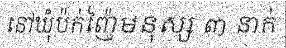
នៅឃុំប៉ក់ញ៉ៃមនុស្ស ៣ នាក់